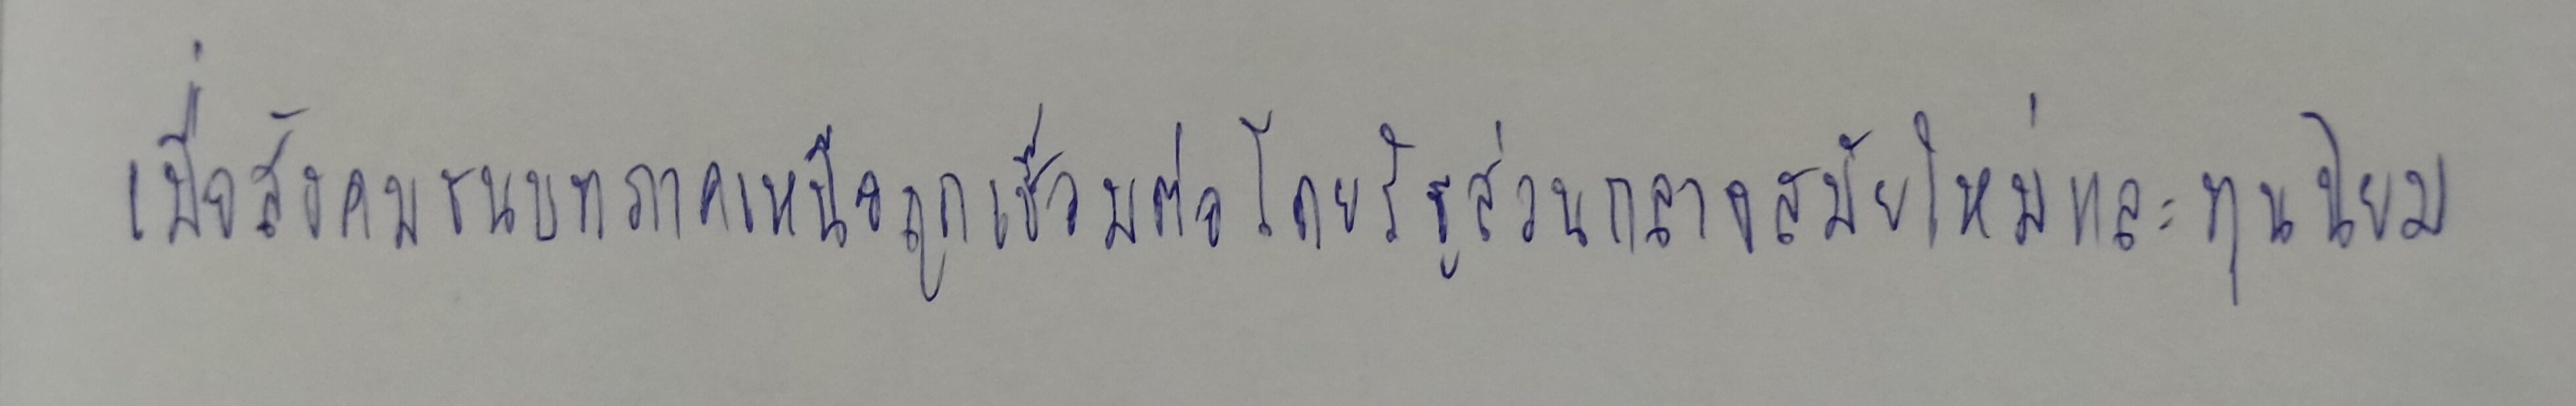
เมื่อสังคมชนบทภาคเหนือถูกเชื่อมต่อโดยรัฐส่วนกลางสมัยใหม่และทุนนิยม